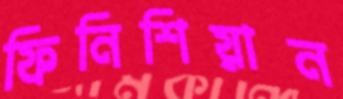
ফিনিশিয়ান